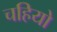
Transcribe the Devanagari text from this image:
चहियो